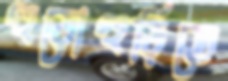
হুড়োহুড়িতে